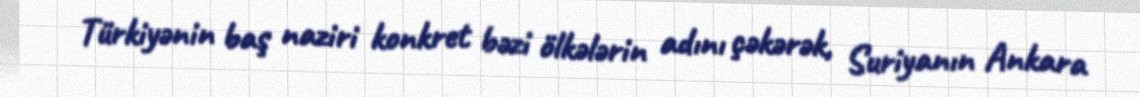
Türkiyənin baş naziri konkret bəzi ölkələrin adını çəkərək, Suriyanın Ankara